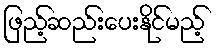
ဖြည့်ဆည်းပေးနိုင်မည့်